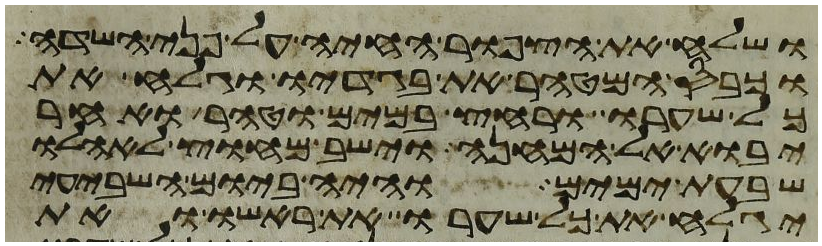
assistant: ושלח את הצפור החיה על פני השדה
וכבס המטהר את בגדיו וגלח את
כל שערו ורחץ במים וטהר ואחר
יבוא אל המחנה וישב מחוץ לאהלו
שבעת ימים והיה ביום השביעי
יגלח את כל שערו את ראשו ואת